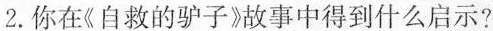
2.你在《自救的驴子》故事中得到什么启示?